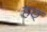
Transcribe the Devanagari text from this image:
हठ्